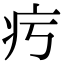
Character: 㽲